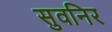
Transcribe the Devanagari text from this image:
सुवनिर